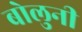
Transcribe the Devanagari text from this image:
बोलुनी